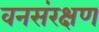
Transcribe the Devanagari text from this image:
वनसंरक्षण